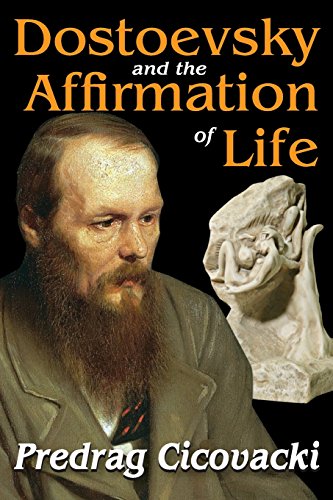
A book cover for Dostoevsky and the Affirmation of Life; Predrag Cicovacki; Politics & Social Sciences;